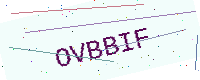
Text: OVBBIF